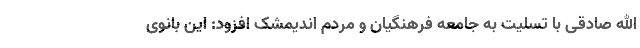
الله صادقی با تسلیت به جامعه فرهنگیان و مردم اندیمشک افزود: این بانوی